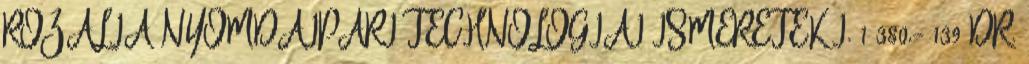
ROZÁLIA NYOMDAIPARI TECHNOLÓGIAI ISMERETEK I. 1 380,- 139 DR.